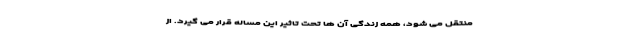
منتقل می شود، همه زندگی آن ها تحت تاثیر این مساله قرار می گیرد. از